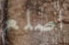
اصلع